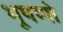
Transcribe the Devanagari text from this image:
भूषणो